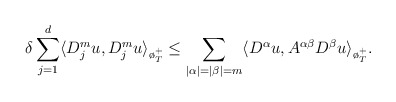
\begin{align*} \delta \sum_{j=1}^{d}\langle D_j^m u, D_j^m u\rangle_{\o_T^+}\le\sum_{|\alpha|=|\beta|=m} \langle D^\alpha u, A^{\alpha\beta}D^\beta u\rangle_{\o_T^+}.\end{align*}